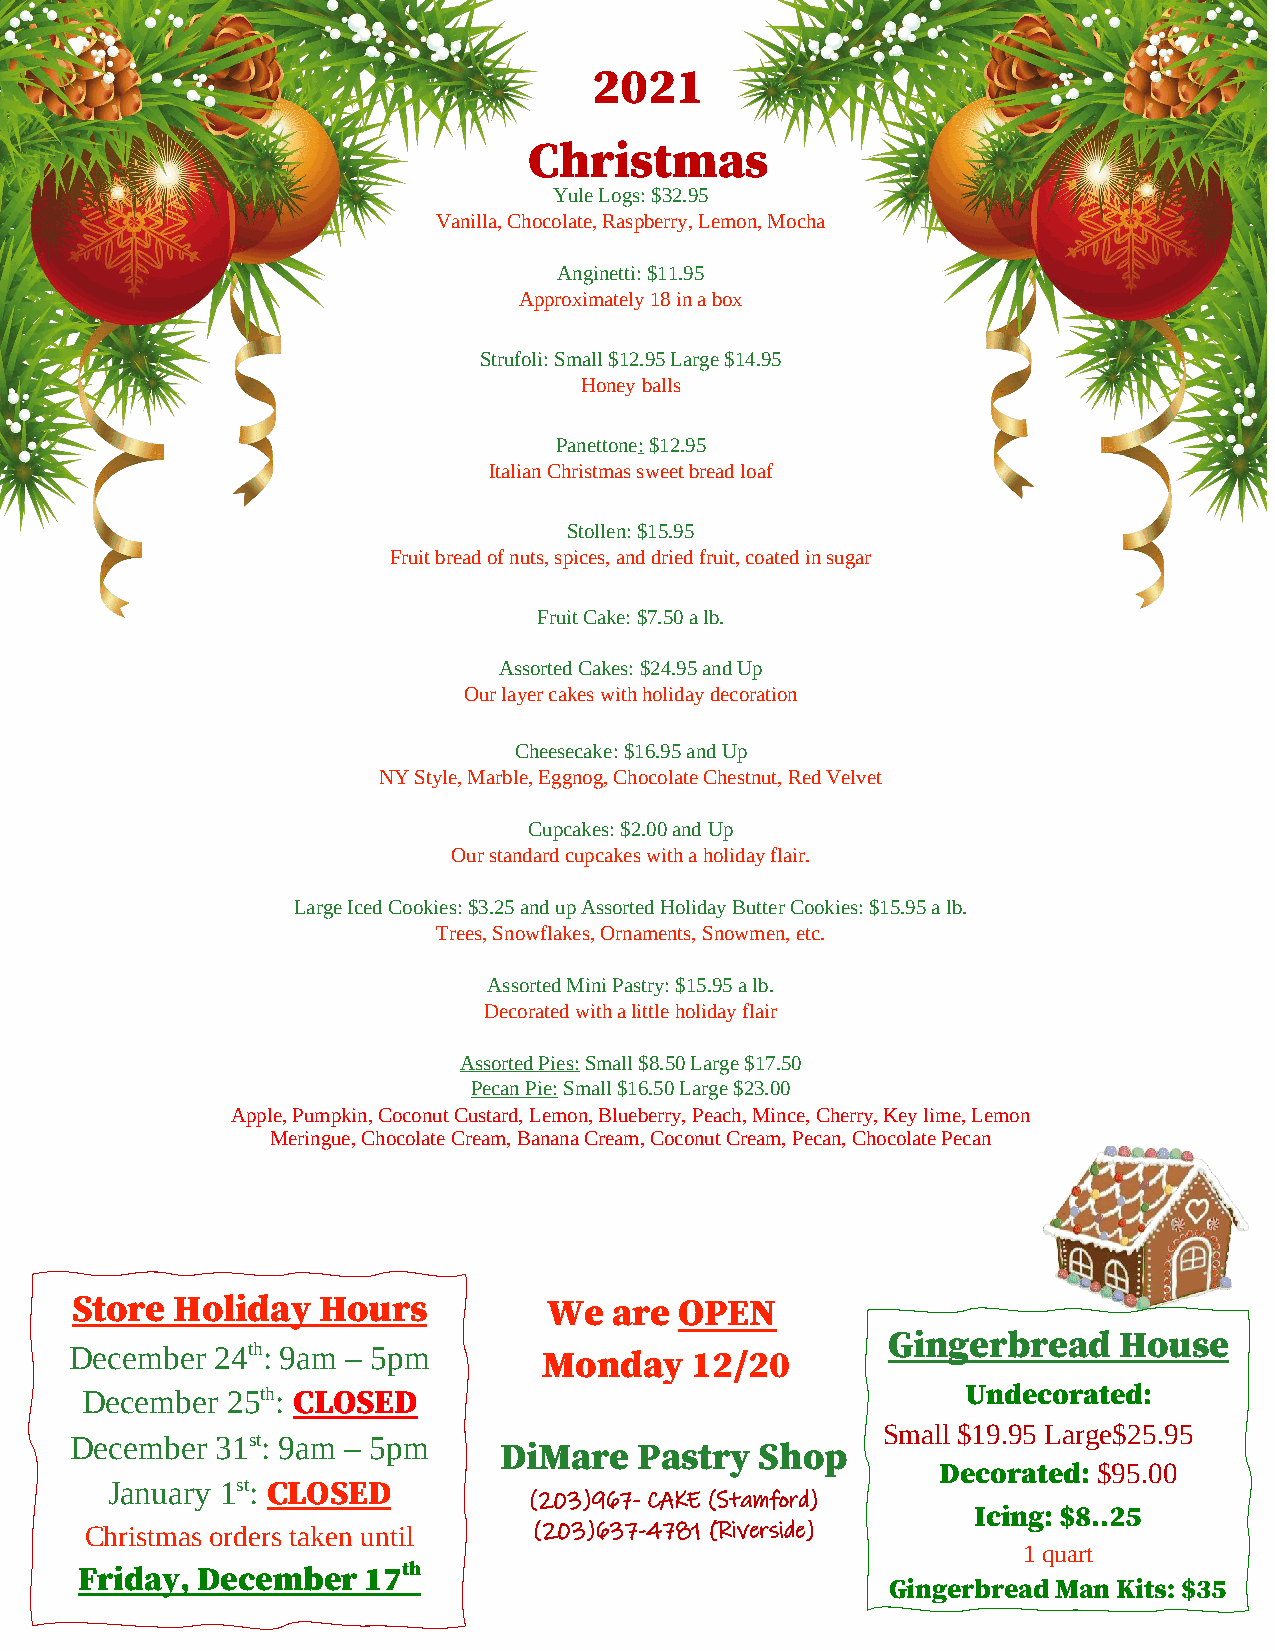
2021
 Christmas
 Yule Logs: $32.95
 Vanilla, Chocolate, Raspberry, Lemon, Mocha
 Anginetti: $11.95
 Approximately 18 in a box
 Strufoli: Small $12.95 Large $14.95
 Honey balls
 Panettone: $12.95
 Italian Christmas sweet bread loaf
 Stollen: $15.95
 Fruit bread of nuts, spices, and dried fruit, coated in sugar
 Fruit Cake: $7.50 a lb.
 Assorted Cakes: $24.95 and Up
 Our layer cakes with holiday decoration
 Cheesecake: $16.95 and Up
 NY Style, Marble, Eggnog, Chocolate Chestnut, Red Velvet
 Cupcakes: $2.00 and Up
 Our standard cupcakes with a holiday flair.
 Large Iced Cookies: $3.25 and up Assorted Holiday Butter Cookies: $15.95 a lb.
 Trees, Snowflakes, Ornaments, Snowmen, etc.
 Assorted Mini Pastry: $15.95 a lb.
 Decorated with a little holiday flair
 Assorted Pies: Small $8.50 Large $17.50
 Pecan Pie: Small $16.50 Large $23.00
 Apple, Pumpkin, Coconut Custard, Lemon, Blueberry, Peach, Mince, Cherry, Key lime, Lemon
 Meringue, Chocolate Cream, Banana Cream, Coconut Cream, Pecan, Chocolate Pecan
 Store Holiday   Hours          We   are OPEN
 Gingerbread    House
 December 24th: 9am – 5pm
 Monday    12/20
 December  25th: CLOSED                                     Undecorated:
 Small $19.95 Large$25.95
 December 31st: 9am – 5pm
 DiMare   Pastry  Shop
 Decorated: $95.00
 January 1st: CLOSED
 (203)967- CAKE (Stamford)
 Icing: $8..25
 Christmas orders taken until (203)637-4781 (Riverside)
 1 quart
 Friday, December   17 th
 Gingerbread Man Kits: $35